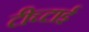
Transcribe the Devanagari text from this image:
टीच्टाई